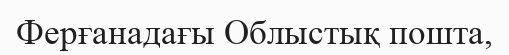
Ферғанадағы Облыстық пошта,